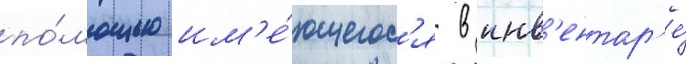
по́мощью им'е́ющегос'я в инв'ентар'е́